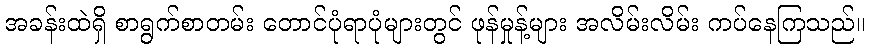
အခန်းထဲရှိ စာရွက်စာတမ်း တောင်ပုံရာပုံများတွင် ဖုန်မှုန့်များ အလိမ်းလိမ်း ကပ်နေကြသည်။